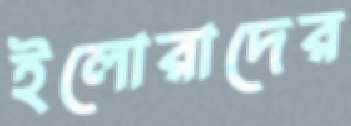
ইলোরাদের